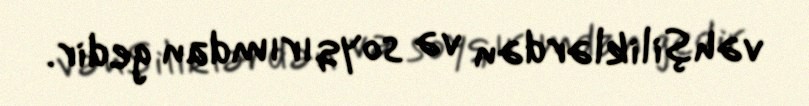
vəhşiliklərdən və soyqırımdan gedir.